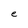
Character: e